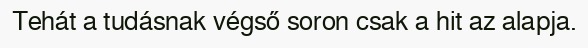
Tehát a tudásnak végső soron csak a hit az alapja.